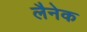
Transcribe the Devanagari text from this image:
लैनेक